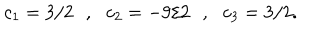
c _ { 1 } = 3 / 2 \: \: \: , \: \: \: c _ { 2 } = - 9 / 2 \: \: \: , \: \: \: c _ { 3 } = 3 / 2 .